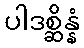
ပါဒစ္ဆိန္နံ